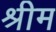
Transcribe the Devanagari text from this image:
श्रीम